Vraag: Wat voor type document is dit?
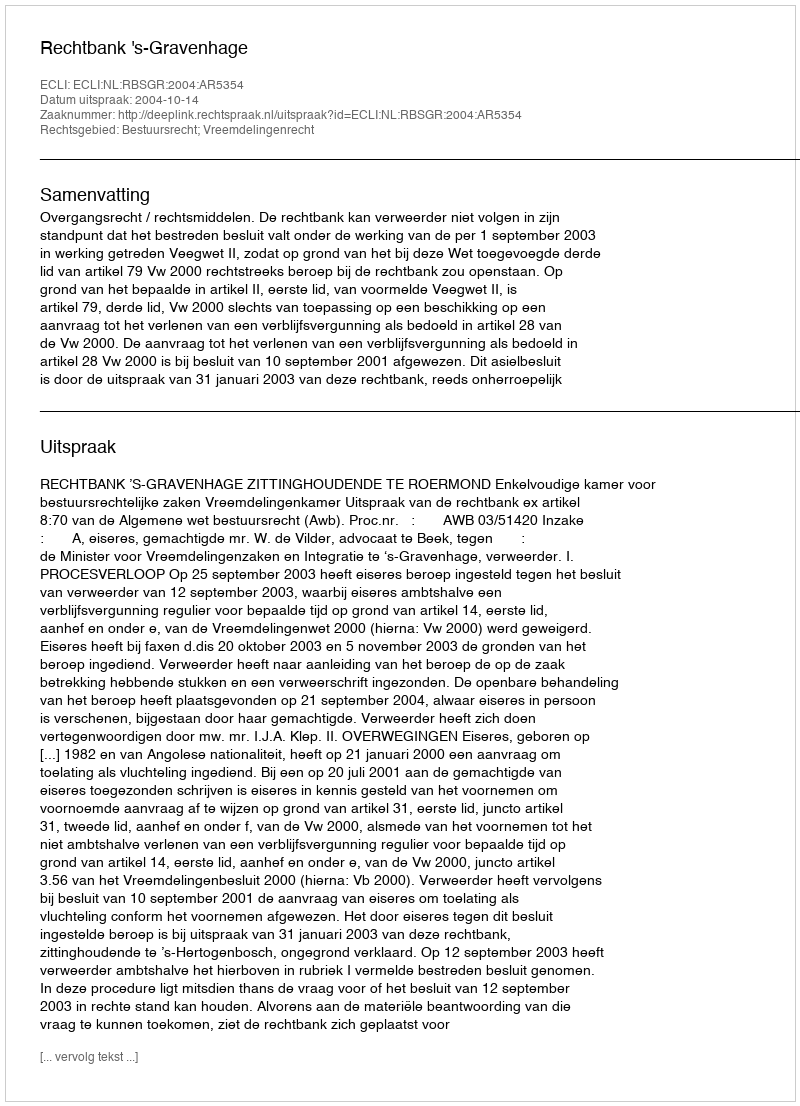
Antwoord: Uitspraak